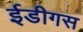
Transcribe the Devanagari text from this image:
ईडीगस